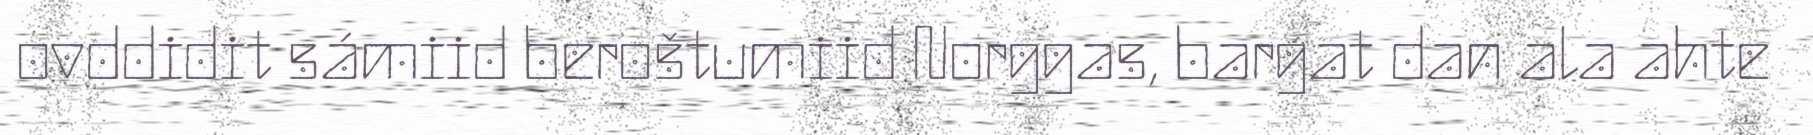
ovddidit sámiid beroštumiid Norggas, bargat dan ala ahte